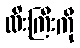
လီးကြီးကို